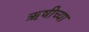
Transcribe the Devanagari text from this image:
ऋषीच्या